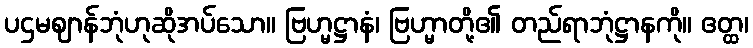
ပဌမဈာန်ဘုံဟုဆိုအပ်သော။ ဗြဟ္မဋ္ဌာနံ၊ ဗြဟ္မာတို့၏ တည်ရာဘုံဋ္ဌာနကို။ ဧတ္ထ၊